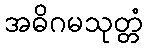
အဓိဂမသုတ္တံ